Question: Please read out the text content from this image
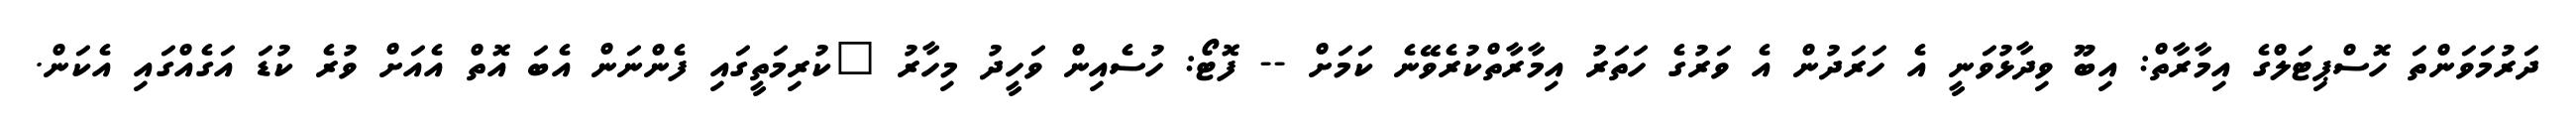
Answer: ދަރުމަވަންތަ ހޮސްޕިޓަލްގެ އިމާރާތް: އިބޫ ވިދާޅުވަނީ އެ ހަރަދުން އެ ވަރުގެ ހަތަރު އިމާރާތްކުރެވޭނެ ކަމަށް -- ފޮޓޯ: ހުސެއިން ވަހީދު މިހާރު "ކުރިމަތީގައި ފެންނަން އެބަ އޮތް އެއަށް ވުރެ ކުޑަ އަގެއްގައި އެކަން.